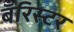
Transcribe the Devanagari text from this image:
बँरिस्टर